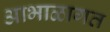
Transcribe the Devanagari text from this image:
आभाळागत